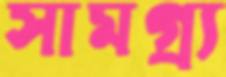
সামগ্র্য